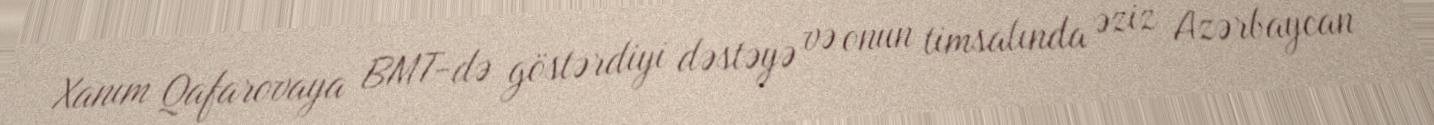
Xanım Qafarovaya BMT-də göstərdiyi dəstəyə və onun timsalında əziz Azərbaycan